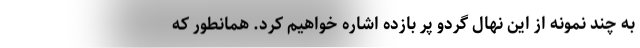
به چند نمونه از این نهال گردو پر بازده اشاره خواهیم کرد. همانطور که